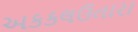
અકકલઉતારા